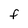
Character: F